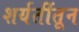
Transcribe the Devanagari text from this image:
शर्यतींतून